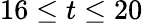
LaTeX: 16\leq t\leq 20